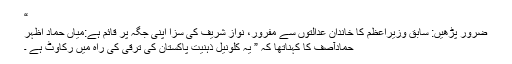
“
ضرور پڑھیں: سابق وزیراعظم کا خاندان عدالتوں سے مفرور، نواز شریف کی سزا اپنی جگہ پر قائم ہے:میاں حماد اظہر
حمادآصف کا کہناتھا کہ ” یہ کلونیل ذہنیت پاکستان کی ترقی کی راہ میں رکاوٹ ہے ۔